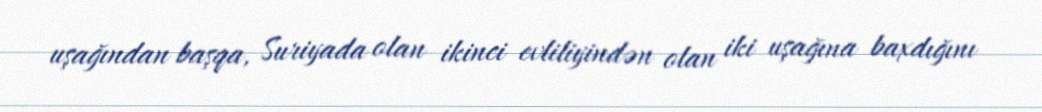
uşağından başqa, Suriyada olan ikinci evliliyindən olan iki uşağına baxdığını